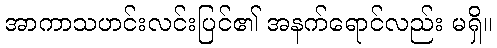
အာကာသဟင်းလင်းပြင်၏ အနက်ရောင်လည်း မရှိ။